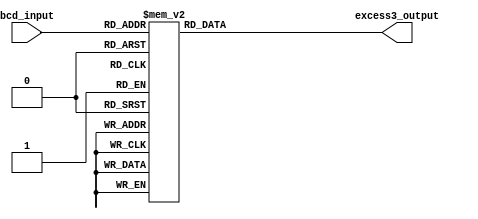
module bcd_to_excess3 (
    input wire [3:0] bcd_input,
    output reg [3:0] excess3_output
);

always @* begin
    case (bcd_input)
        4'b0000: excess3_output = 4'b0011;
        4'b0001: excess3_output = 4'b0100;
        4'b0010: excess3_output = 4'b0101;
        4'b0011: excess3_output = 4'b0110;
        4'b0100: excess3_output = 4'b0111;
        4'b0101: excess3_output = 4'b1000;
        4'b0110: excess3_output = 4'b1001;
        4'b0111: excess3_output = 4'b1010;
        4'b1000: excess3_output = 4'b1011;
        4'b1001: excess3_output = 4'b1100;
        4'b1010: excess3_output = 4'b1101;
        4'b1011: excess3_output = 4'b1110;
        4'b1100: excess3_output = 4'b1111;
        4'b1101: excess3_output = 4'b0000;
        4'b1110: excess3_output = 4'b0001;
        4'b1111: excess3_output = 4'b0010;
        default: excess3_output = 4'b0000; // Handle invalid BCD inputs
    endcase
end

endmodule